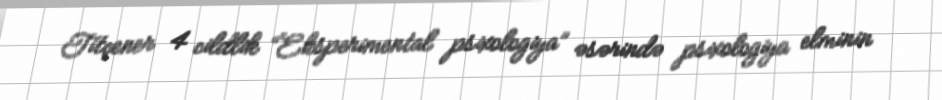
Titçener 4 cildlik “Eksperimental psixologiya” əsərində psixologiya elminin